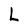
Character: L